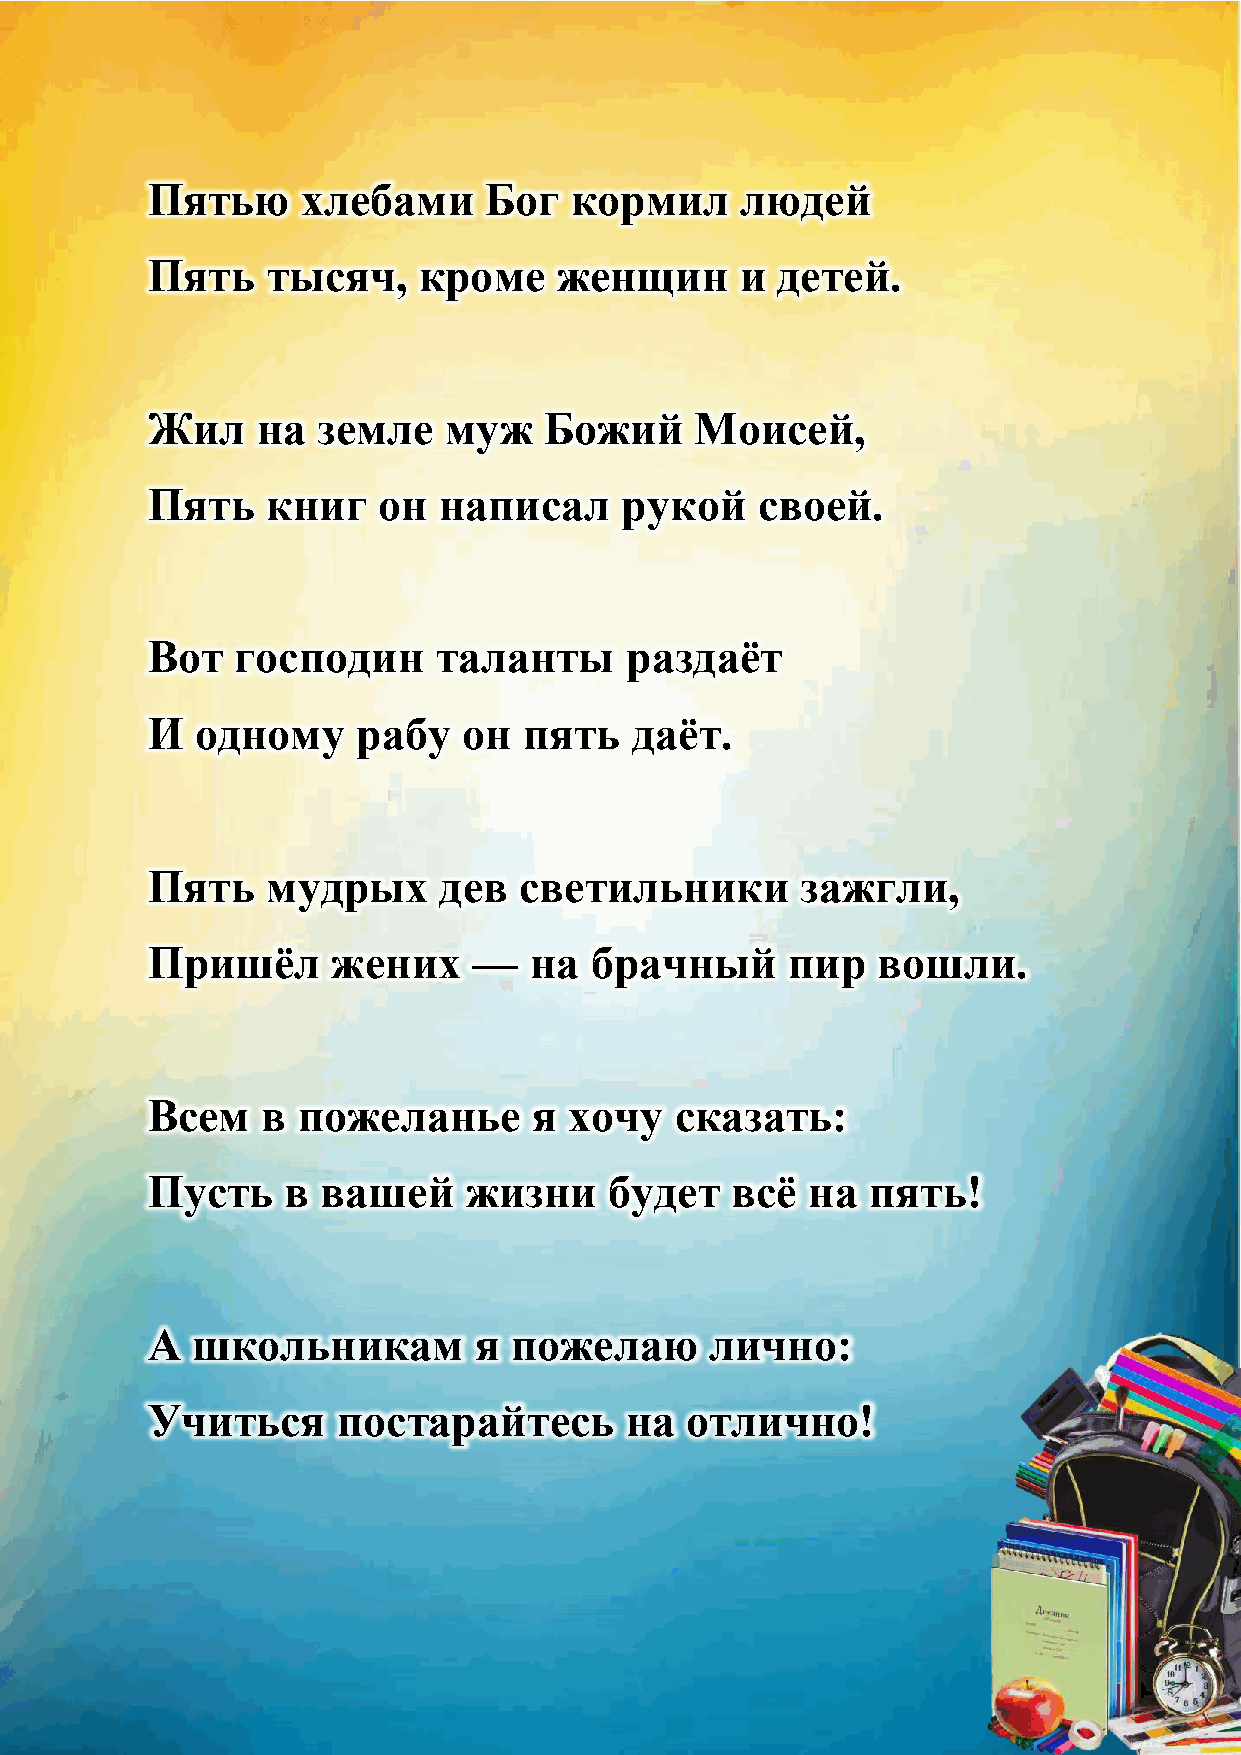
Пятью     хлебами     Бог   кормил     людей
 Пять    тысяч,    кроме    женщин      и детей.
 Жил    на  земле   муж    Божий     Моисей,
 Пять    книг   он  написал     рукой    своей.
 Вот   господин     таланты     раздаѐт
 И  одному     рабу   он  пять   даѐт.
 Пять    мудрых     дев  светильники        зажгли,
 Пришѐл      жених    —   на  брачный      пир   вошли.
 Всем   в  пожеланье      я  хочу   сказать:
 Пусть    в вашей     жизни    будет   всѐ  на   пять!
 А  школьникам        я  пожелаю      лично:
 Учиться     постарайтесь       на  отлично!